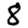
Digit: 8